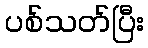
ပစ်သတ်ပြီး